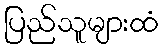
ပြည်သူများထံ